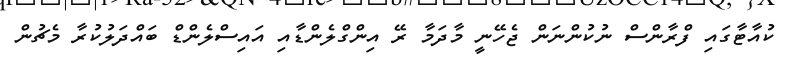
ކުއާޓާގައި ފްރާންސް ނުކުންނަން ޖެހޭނީ މާދަމާ ރޭ އިންގްލެންޑާއި އައިސްލެންޑް ބައްދަލުކުރާ މެޗުން